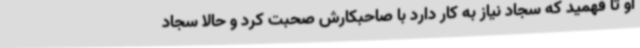
او تا فهمید که سجاد نیاز به کار دارد با صاحبکارش صحبت کرد و حالا سجاد